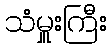
သံမှူးကြီး